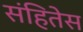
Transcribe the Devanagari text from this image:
संहितेस